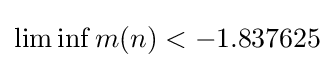
\liminf m(n)<-1.837625